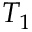
T _ { 1 }